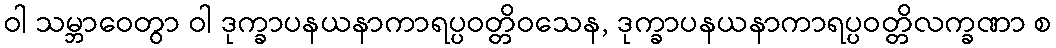
ဝါ သမ္ဘာဝေတွာ ဝါ ဒုက္ခာပနယနာကာရပ္ပဝတ္တိဝသေန, ဒုက္ခာပနယနာကာရပ္ပဝတ္တိလက္ခဏာ စ